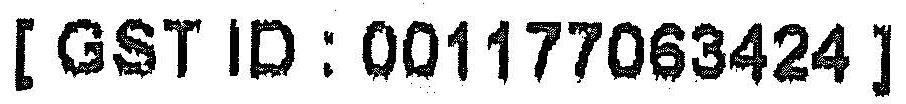
[ GST ID : 001177063424 ]